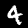
Digit: 4